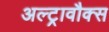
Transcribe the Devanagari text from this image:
अल्ट्रावौक्स